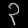
Digit: ၃